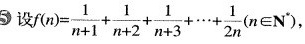
5设($$f(n)= \frac{1}{n+1}+ \frac{1}{n+2}+ \frac{1}{n+3}+ \cdots + \frac{1}{2n}(n \in N)$$ ,